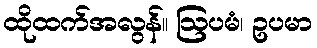
ထိုထက်အလွန်။ ဩပမံ၊ ဥပမာ